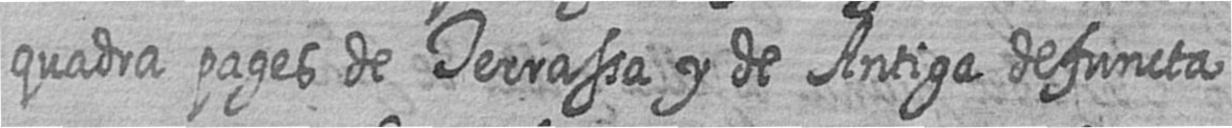
quadra pages de Terrassa y de Antiga defuncta